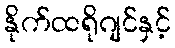
နိုက်ထရိုဂျင်နှင့်